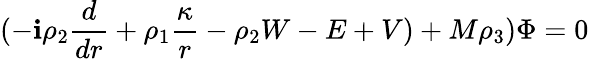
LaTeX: (-\mathbf{i}\rho_{2}{\frac{{d}}{{dr}}}+\rho_{1}{\frac{{\kappa}}{{r}}}-\rho_{2}W-E+V)+M\rho_{3})\Phi=0